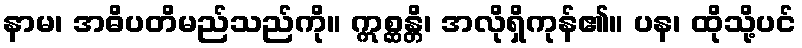
နာမ၊ အဓိပတိမည်သည်ကို။ ဣစ္ဆန္တိ၊ အလိုရှိကုန်၏။ ပန၊ ထိုသို့ပင်